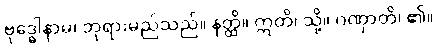
ဗုဒ္ဓေါနာမ၊ ဘုရားမည်သည်။ နတ္ထိ။ ဣတိ၊ သို့။ ဂဏှာတိ၊ ၏။